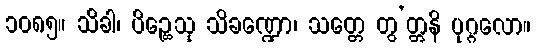
၁၀၈၅။ သိခါ၊ ပိဉ္ဆေသု သိခဏ္ဍော၊ သတ္တေ တွ’တ္တနိ ပုဂ္ဂလော။